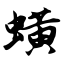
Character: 蟥